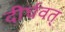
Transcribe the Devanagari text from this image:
दीर्घवत्‌